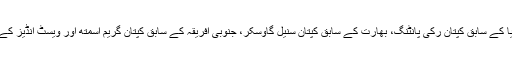
سینچری اسکور کرنے والوں میں آسٹریلیا کے سابق کپتان رکی پانٹنگ، بھارت کے سابق کپتان سنیل گاوسکر، جنوبی افریقہ کے سابق کپتان گریم اسمتھ اور ویسٹ انڈیز کے سابق کپتان رام نریش سروان شامل ہیں۔